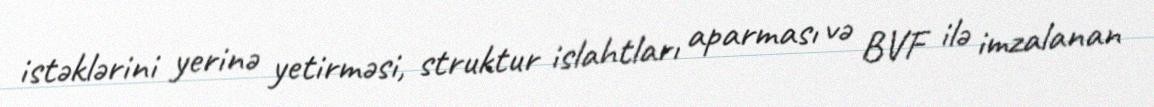
istəklərini yerinə yetirməsi, struktur islahtları aparması və BVF ilə imzalanan